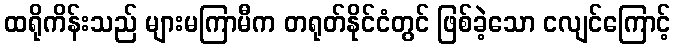
ထရိုကိန်းသည် များမကြာမီက တရုတ်နိုင်ငံတွင် ဖြစ်ခဲ့သော ငလျင်ကြောင့်